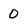
Character: 0